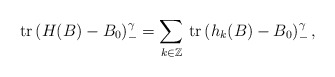
\begin{align*} \mathrm{tr} \, (H(B)-B_0)_-^\gamma = \sum_{k\in\mathbb{Z}}\, \mathrm{tr} \, (h_k(B)-B_0)_-^\gamma\,,\end{align*}